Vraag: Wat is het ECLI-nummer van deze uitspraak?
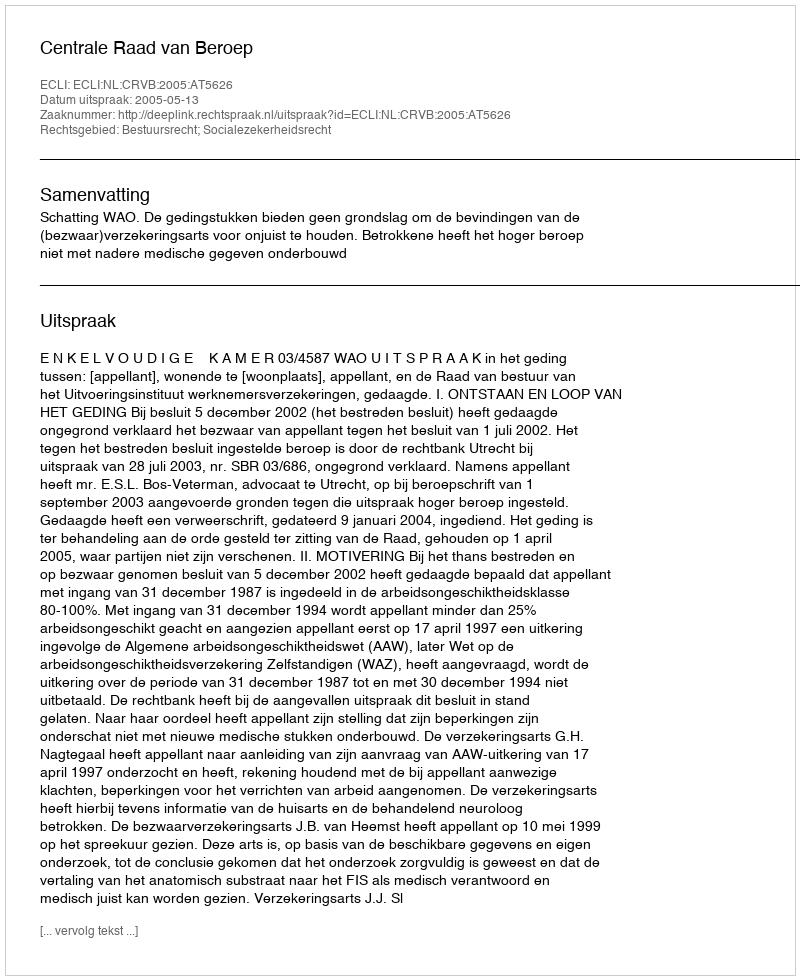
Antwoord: ECLI:NL:CRVB:2005:AT5626